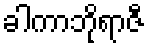
ခါကာဘိုရာဇီ